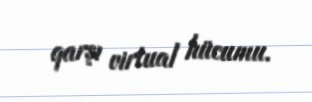
qarşı virtual hücumu.